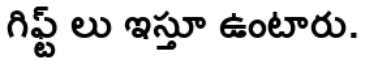
గిఫ్ట్ లు ఇస్తూ ఉంటారు.